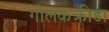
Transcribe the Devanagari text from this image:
गोलकक्रीडा